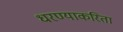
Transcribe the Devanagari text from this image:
धरण्याकरिता